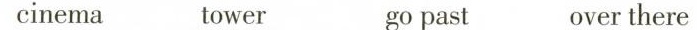
cinema tower gopast overthere